Sleeping sickness
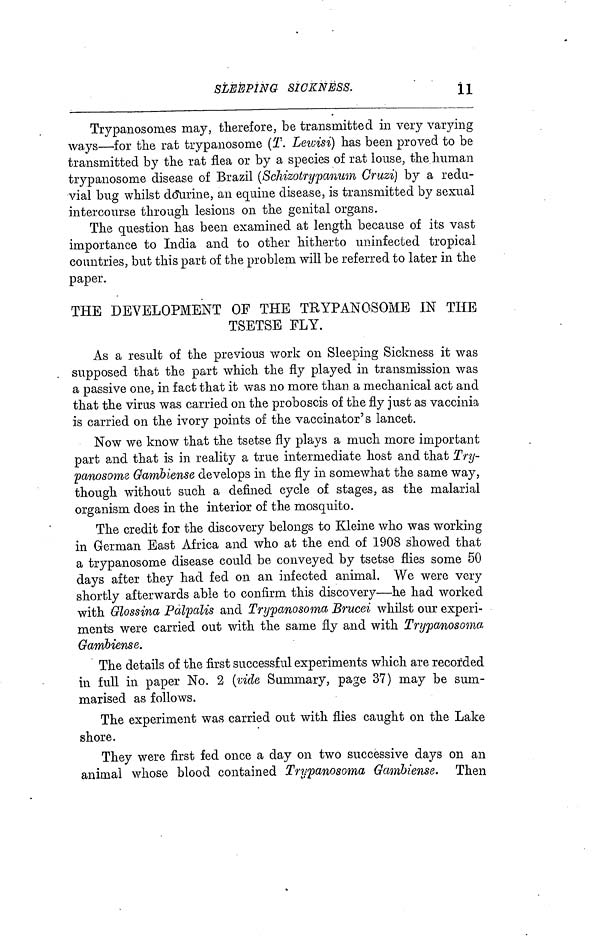
SLEEPING SICKNESS.
11
Trypanosomes may, therefore, be transmitted in very varying
ways—for the rat trypanosome (T. Lewisi) has been proved to be
transmitted by the rat flea or by a species of rat louse, the human
trypanosome disease of Brazil (ScMzotrypanum Cruzi) by a redu-
vial bug whilst dourine, an equine disease, is transmitted by sexual
intercourse through lesions on the genital organs.
The question has been examined at length because of its vast
importance to India and to other hitherto uninfected tropical
countries, but this part of the problem will be referred to later in the
paper.
THE DEVELOPMENT OF THE TRYPANOSOME IN THE
TSETSE FLY.
As a result of the previous work on Sleeping Sickness it was
supposed that the part which the fly played in transmission was
a passive one, in fact that it was no more than a mechanical act and
that the virus was carried on the proboscis of the fly just as vaccinia
is carried on the ivory points of the vaccinator's lancet.
Now we know that the tsetse fly plays a much more important
part and that is in reality a true intermediate host and that Try-
panosome Gambiense develops in the fly in somewhat the same way,
though without such a defined cycle of stages, as the malarial
organism does in the interior of the mosquito.
The credit for the discovery belongs to Kleine who was working
in German East Africa and who at the end of 1908 showed that
a trypanosome disease could be conveyed by tsetse flies some 50
days after they had fed on an infected animal. We were very
shortly afterwards able to confirm this discovery·—he had worked
with Glossina Palpalis and Trypanosoma Brucei whilst our experi-
ments were carried out with the same fly and with Trypanosoma
Gambiense.
The details of the first successful experiments which are recorded
in full in paper No. 2 (vide Summary, page 37) may be sum-
marised as follows.
The experiment was carried out with flies caught on the Lake
shore.
They were first fed once a day on two successive days on an
animal whose blood contained Trypanosoma Gainbiense. Then